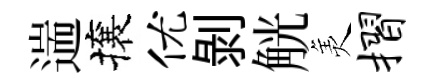
遄攘优剝觥羙摺